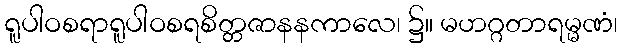
ရူပါဝစရာရူပါဝစရစိတ္တဇာနနကာလေ၊ ၌။ မဟဂ္ဂတာရမ္မဏံ၊